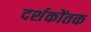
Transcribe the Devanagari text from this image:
दर्शकोंतक